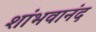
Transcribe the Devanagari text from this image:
शांभवानंद